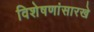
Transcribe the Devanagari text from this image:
विशेषणांसारखे